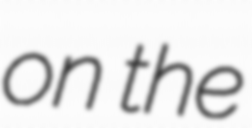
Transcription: on the